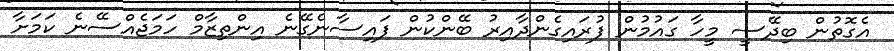
އެގޮތުން ބިދޭސީ މީހާ ގައުމުން ފުރައިގެންދާއިރު ބޭންކުން ފައިސާނެގޭނެ އިންތިޒާމް ހަމަޖެއްސޭނެ ކަމަށާ